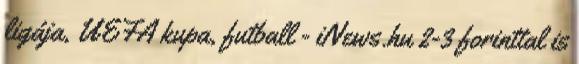
ligája, UEFA kupa, futball - iNews.hu 2-3 forinttal is